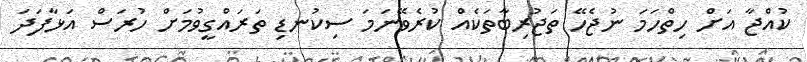
ކުއްޖާ އަށް ހިތްހަމަ ނުޖެހޭ ތަޖުރިބާތަކެއް ކުރެވޭނަމަ ސިކުނޑި ތަރައްގީވުމަށް ހުރަސް އަޅާފަދަ